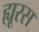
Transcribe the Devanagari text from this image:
ह्यूरस